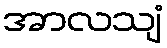
အာလသျံ